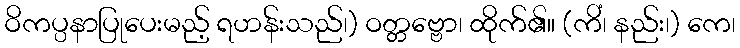
ဝိကပ္ပနာပြုပေးမည့် ရဟန်းသည်၊) ဝတ္တဗ္ဗော၊ ထိုက်၏။ (ကိံ၊ နည်း၊) ကေ၊